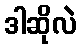
ဒါဆိုလဲ